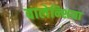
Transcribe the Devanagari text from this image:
वालेन्शिया